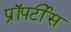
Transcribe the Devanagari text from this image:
प्रॉपर्टीस